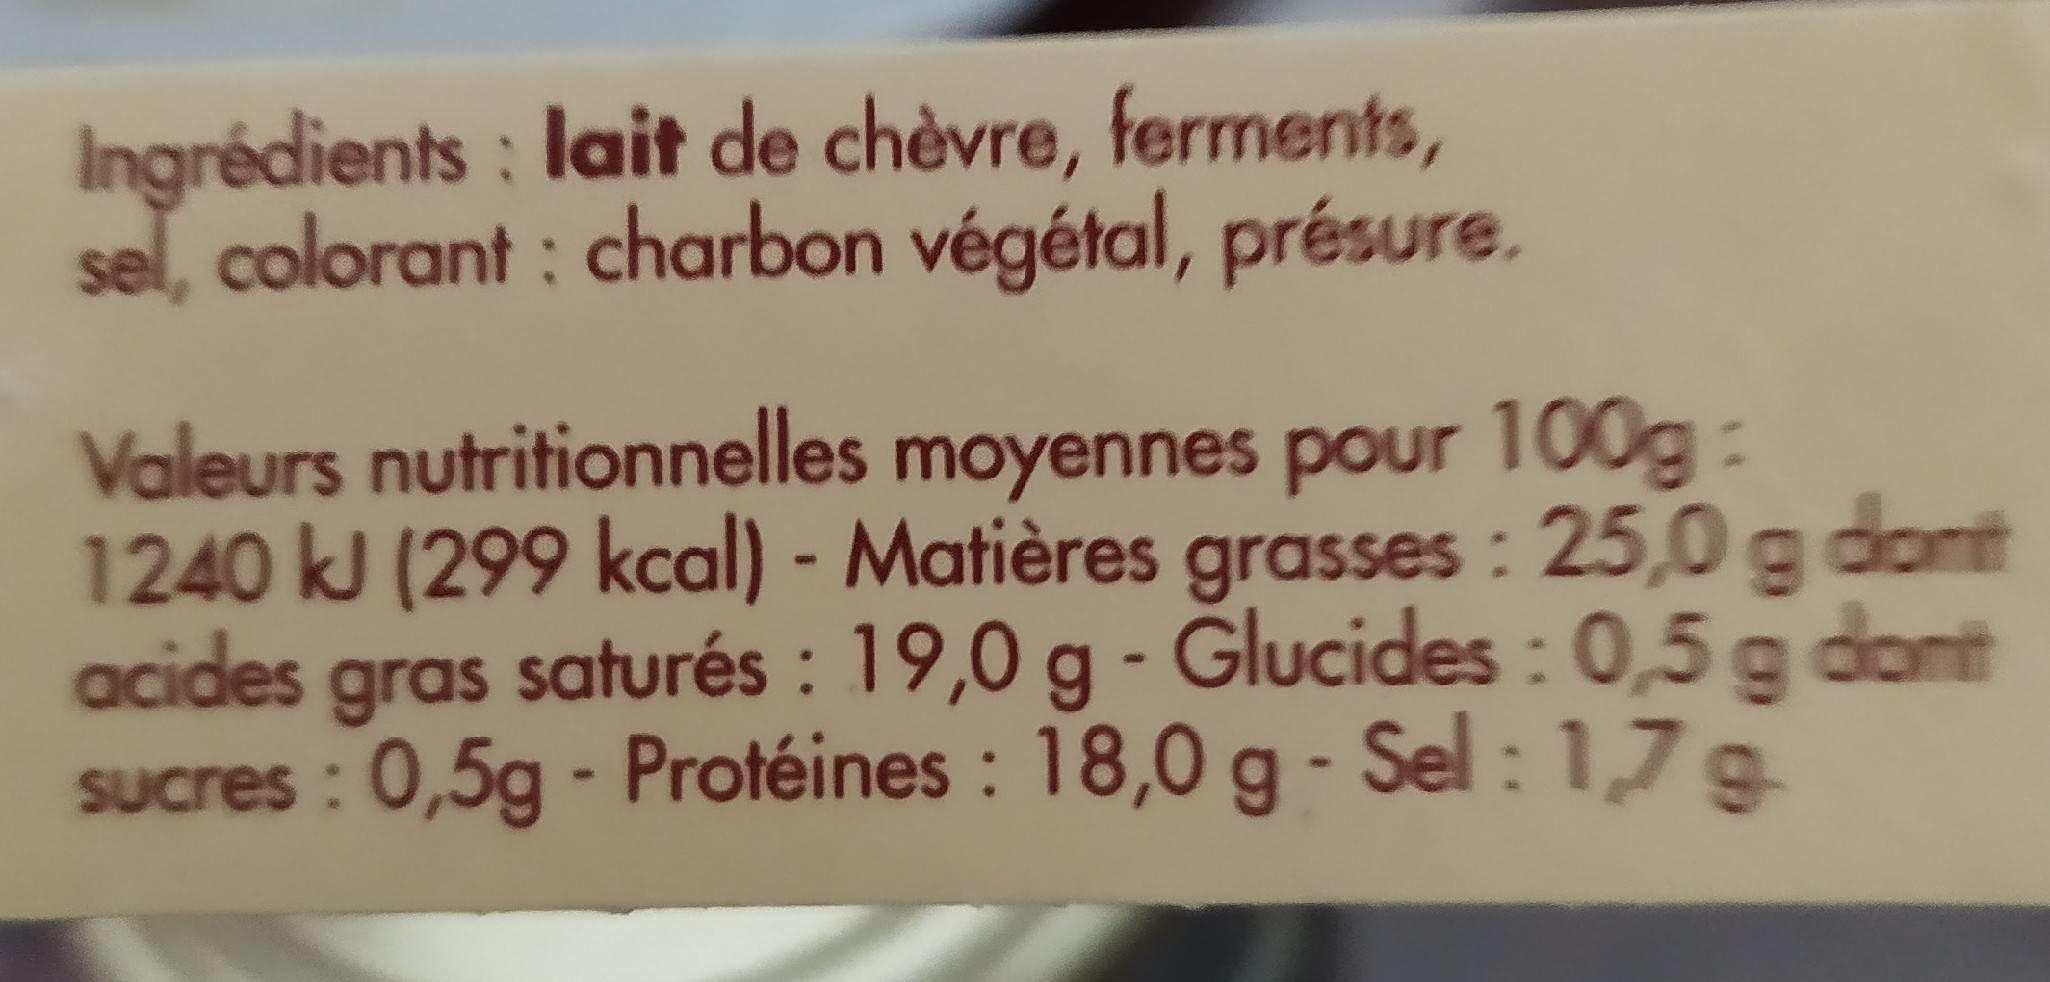
Ingrédients : lait de chèvre, ferments, sel, colorant : charbon végétal, présure.
Valeurs nutritionnelles moyennes pour 100g: 1240 kJ (299 kcal) - Matières grasses : 25,0 g dont acides gras saturés : 19,0 g - Glucides : 0,5 g dont Og-
Sucres : 0,5g - Protéines : 18,0 g - Sel : 1,7 e